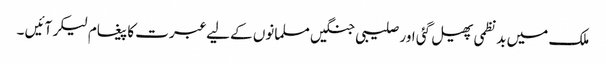
ملک میں بدنظمی پھیل گئی اور صلیبی جنگیں مسلمانوں کے لیے عبرت کا پیغام لیکر آئیں ۔